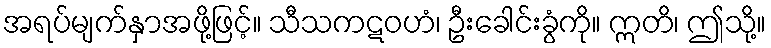
အရပ်မျက်နှာအဖို့ဖြင့်။ သီသကဋဝဟံ၊ ဦးခေါင်းခွံကို။ ဣတိ၊ ဤသို့။